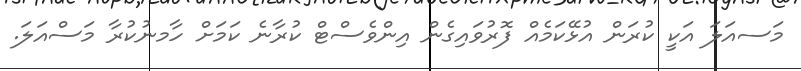
މަސއަލަ އަކީ ކުރަން އުޅޭކަމެއް ފޮރުވައިގެން އިންވެސްޓް ކުރާނެ ކަމަށް ހާމނުކުރާ މަސްއަލަ.